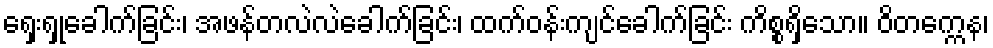
ရှေးရှုခေါက်ခြင်း၊ အဖန်တလဲလဲခေါက်ခြင်း၊ ထက်ဝန်းကျင်ခေါက်ခြင်း ကိစ္စရှိသော။ ဝိတက္ကေန၊